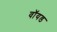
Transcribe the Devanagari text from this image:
वॉयड